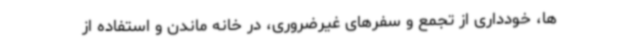
ها، خودداری از تجمع و سفرهای غیرضروری، در خانه ماندن و استفاده از